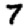
Digit: 7